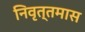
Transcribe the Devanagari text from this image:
निवृत्तमास